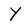
Character: Y